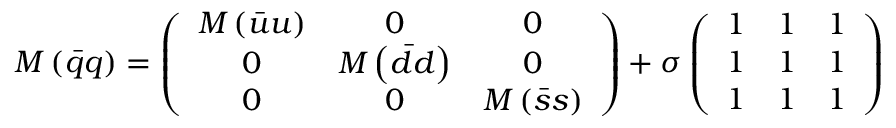
M \left( \bar { q } q \right) = \left( \begin{array} { c c c } { { M \left( \bar { u } u \right) } } & { { 0 } } & { { 0 } } \\ { { 0 } } & { { M \left( \bar { d } d \right) } } & { { 0 } } \\ { { 0 } } & { { 0 } } & { { M \left( \bar { s } s \right) } } \end{array} \right) + \sigma \left( \begin{array} { c c c } { { 1 } } & { { 1 } } & { { 1 } } \\ { { 1 } } & { { 1 } } & { { 1 } } \\ { { 1 } } & { { 1 } } & { { 1 } } \end{array} \right)